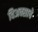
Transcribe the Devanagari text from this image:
विअक्साचे